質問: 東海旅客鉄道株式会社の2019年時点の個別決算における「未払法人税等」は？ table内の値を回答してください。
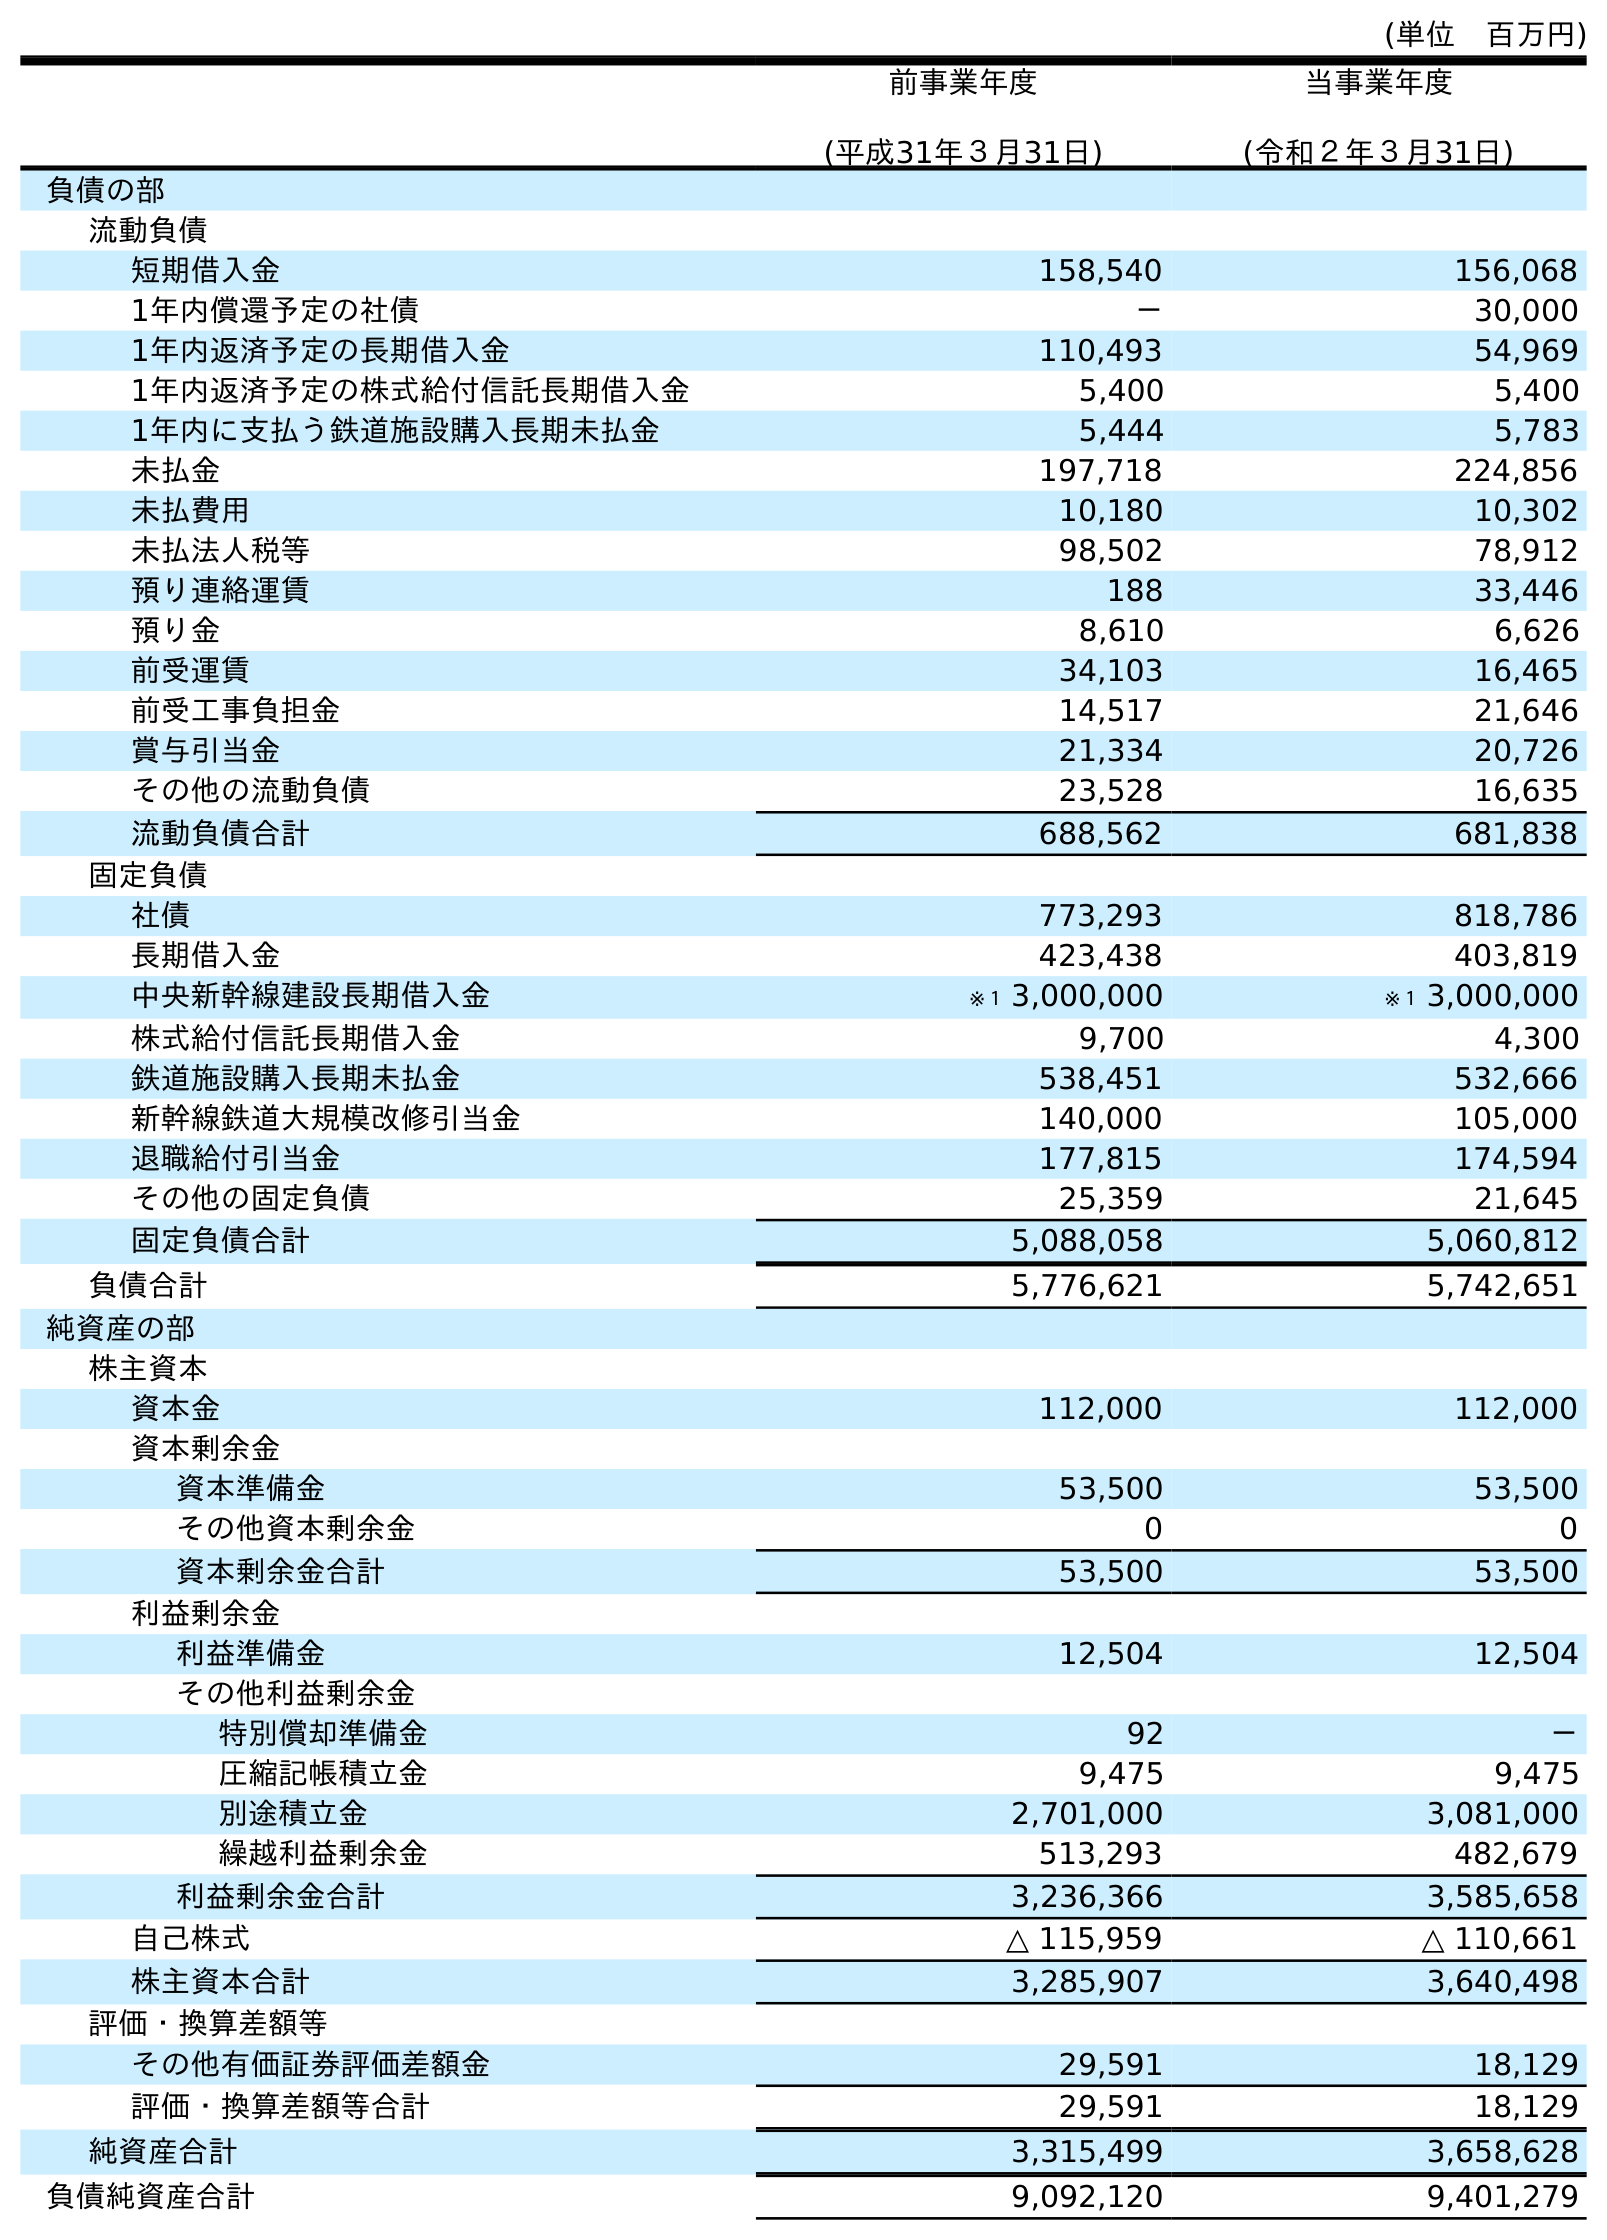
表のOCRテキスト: (単位 百万円) 前事業年度 (平成31年３月31日) 当事業年度 (令和２年３月31日) 負債の部 流動負債 短期借入金 158,540 156,068 1年内償還予定の社債 － 30,000 1年内返済予定の長期借入金 110,493 54,969 1年内返済予定の株式給付信託長期借入金 5,400 5,400 1年内に支払う鉄道施設購入長期未払金 5,444 5,783 未払金 197,718 224,856 未払費用 10,180 10,302 未払法人税等 98,502 78,912 預り連絡運賃 188 33,446 預り金 8,610 6,626 前受運賃 34,103 16,465 前受工事負担金 14,517 21,646 賞与引当金 21,334 20,726 その他の流動負債 23,528 16,635 流動負債合計 688,562 681,838 固定負債 社債 773,293 818,786 長期借入金 423,438 403,819 中央新幹線建設長期借入金 ※１ 3,000,000 ※１ 3,000,000 株式給付信託長期借入金 9,700 4,300 鉄道施設購入長期未払金 538,451 532,666 新幹線鉄道大規模改修引当金 140,000 105,000 退職給付引当金 177,815 174,594 その他の固定負債 25,359 21,645 固定負債合計 5,088,058 5,060,812 負債合計 5,776,621 5,742,651 純資産の部 株主資本 資本金 112,000 112,000 資本剰余金 資本準備金 53,500 53,500 その他資本剰余金 0 0 資本剰余金合計 53,500 53,500 利益剰余金 利益準備金 12,504 12,504 その他利益剰余金 特別償却準備金 92 － 圧縮記帳積立金 9,475 9,475 別途積立金 2,701,000 3,081,000 繰越利益剰余金 513,293 482,679 利益剰余金合計 3,236,366 3,585,658 自己株式 △ 115,959 △ 110,661 株主資本合計 3,285,907 3,640,498 評価・換算差額等 その他有価証券評価差額金 29,591 18,129 評価・換算差額等合計 29,591 18,129 純資産合計 3,315,499 3,658,628 負債純資産合計 9,092,120 9,401,279
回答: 98,502